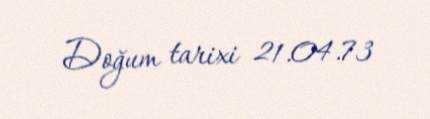
Doğum tarixi 21.04.73